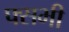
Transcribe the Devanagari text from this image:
फ्सभी